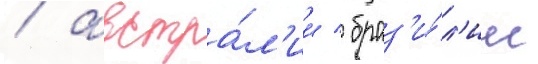
/ австра́л'ии / браз'и́л'ии